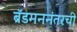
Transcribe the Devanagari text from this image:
ब्रॅडमननंतरची